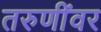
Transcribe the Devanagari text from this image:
तरुणींवर